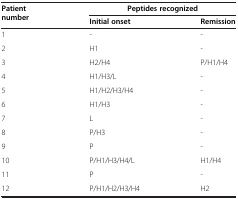
| <ROWSPAN=2> Patient number | <COLSPAN=2> Peptides recognized |
 | Initial onset | Remission |
 | --- | --- | --- |
 | 1 | - | - |
 | 2 | H1 | - |
 | 3 | H2/H4 | P/H1/H4 |
 | 4 | H1/H3/L | - |
 | 5 | H1/H2/H3/H4 | - |
 | 6 | H1/H3 | - |
 | 7 | L | - |
 | 8 | P/H3 | - |
 | 9 | P | - |
 | 10 | P/H1/H3/H4/L | H1/H4 |
 | 11 | P | - |
 | 12 | P/H1/H2/H3/H4 | H2 |